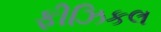
ફીઝિકલ